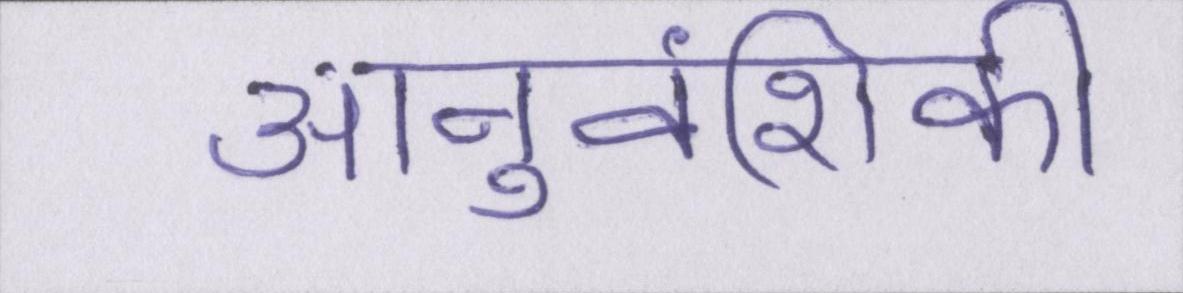
आनुवंशिकी